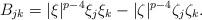
LaTeX: \begin{align*}B_{jk}=|\xi|^{p-4}\xi_j{\xi_k}-|\zeta|^{p-4}\zeta_j{\zeta_k}.\end{align*}